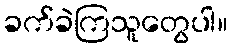
ခက်ခဲကြသူတွေပါ။